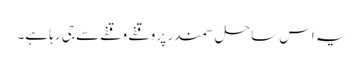
یہ اس ساحلِ سمندر پر وقفے وقفے سے جی رہا ہے۔